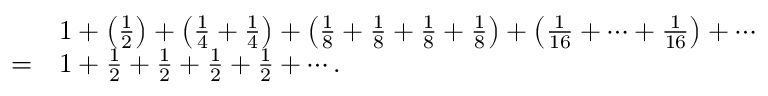
{ \begin{array} { r l } & { 1 + \left( { \frac { 1 } { 2 } } \right) + \left( { \frac { 1 } { 4 } } + { \frac { 1 } { 4 } } \right) + \left( { \frac { 1 } { 8 } } + { \frac { 1 } { 8 } } + { \frac { 1 } { 8 } } + { \frac { 1 } { 8 } } \right) + \left( { \frac { 1 } { 1 6 } } + \cdots + { \frac { 1 } { 1 6 } } \right) + \cdots } \\ { = } & { 1 + { \frac { 1 } { 2 } } + { \frac { 1 } { 2 } } + { \frac { 1 } { 2 } } + { \frac { 1 } { 2 } } + \cdots . } \end{array} }